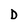
Character: D